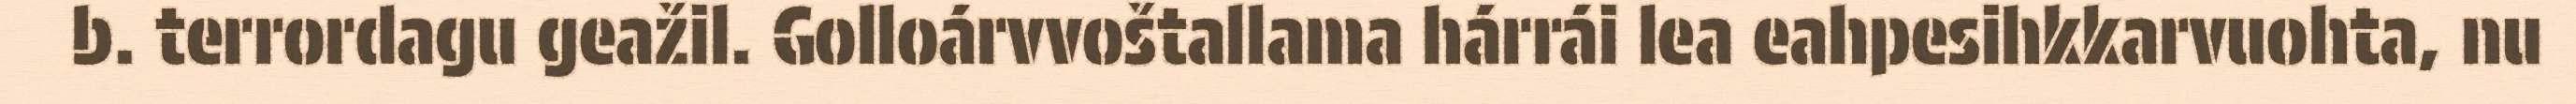
b. terrordagu geažil. Golloárvvoštallama hárrái lea eahpesihkkarvuohta, nu